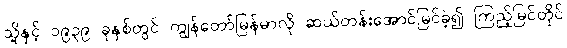
သို့နှင့် ၁၉၃၉ ခုနှစ်တွင် ကျွန်တော်မြန်မာလို ဆယ်တန်းအောင်မြင်ခဲ့၍ ကြည့်မြင်တိုင်